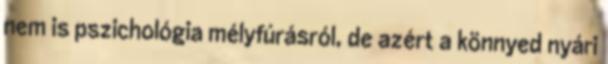
nem is pszichológia mélyfúrásról, de azért a könnyed nyári